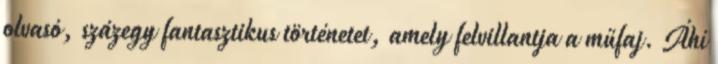
olvasó, százegy fantasztikus történetet, amely felvillantja a műfaj. Áhí